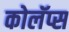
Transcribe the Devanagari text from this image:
कोलॅप्स